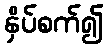
နှိပ်စက်၍